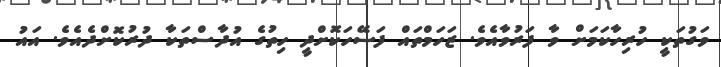
ވަގުތަކީ ހުރިހާކަމަށް ވާ ފަރުވާއެވެ. ޒަހަމްތައް ފަސޭހަކޮށްދީ ހިތުގެ އުދާސްތަކާ ދުރުކޮށްދެއެވެ. އައު